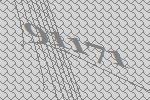
91171